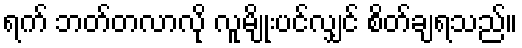
ရက် ဘတ်တလာလို လူမျိုးပင်လျှင် စိတ်ချရသည်။